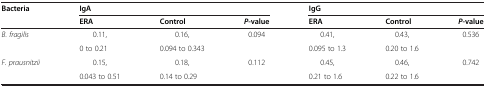
<table><thead><tr><td><b>Bacteria</b></td><td colspan="3"><b>IgA</b></td><td colspan="3"><b>IgG</b></td></tr><tr><td></td><td><b>ERA</b></td><td><b>Control</b></td><td><b><i>P</i>-value</b></td><td><b>ERA</b></td><td><b>Control</b></td><td><b><i>P</i>-value</b></td></tr></thead><tbody><tr><td rowspan="2"><i>B. fragilis</i></td><td>0.11,</td><td>0.16,</td><td>0.094</td><td>0.41,</td><td>0.43,</td><td>0.536</td></tr><tr><td>0 to 0.21</td><td>0.094 to 0.343</td><td></td><td>0.095 to 1.3</td><td>0.20 to 1.6</td><td></td></tr><tr><td rowspan="2"><i>F. prausnitzii</i></td><td>0.15,</td><td>0.18,</td><td>0.112</td><td>0.45,</td><td>0.46,</td><td>0.742</td></tr><tr><td>0.043 to 0.51</td><td>0.14 to 0.29</td><td></td><td>0.21 to 1.6</td><td>0.22 to 1.6</td><td></td></tr></tbody></table>